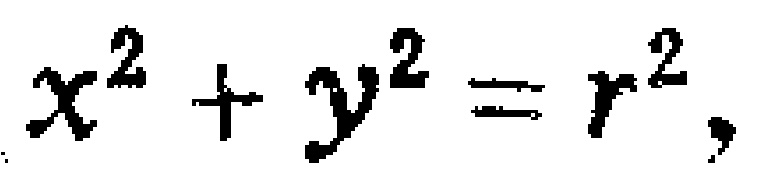
\(x^{2}+y^{2}=r^{2},\)